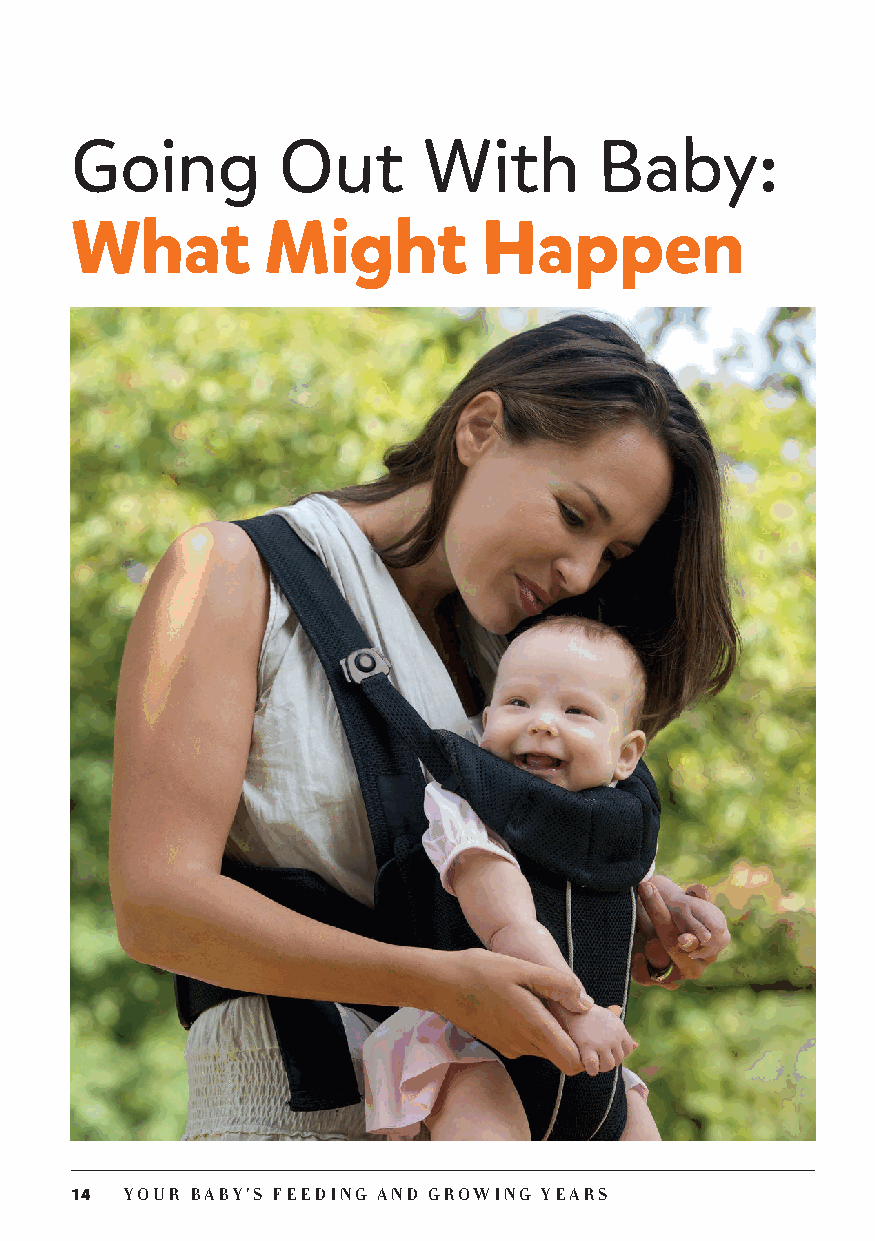
Going        Out       With        Baby:
 What         Might         Happen
 14 YOUR BABY’S FEEDING AND GROWING YEARS